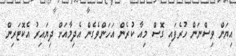
އިޔަން ވިސްނަން ހުރެފައި ގޮސް މިއާ ކުރެން އަހަންވެގެން އެދިމާއަށް ދިޔައިރު އެކޮޓަރިން